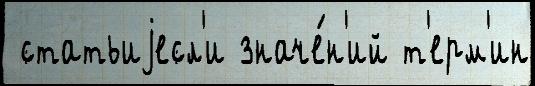
 статьиjесл'и значе́н'ий т'ерм'ин